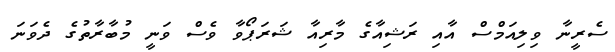
ސެރީނާ ވިލިއަމްސް އާއި ރަޝިއާގެ މާރިއާ ޝަރަޕޯވާ ވެސް ވަނީ މުބާރާތުގެ ދެވަނަ